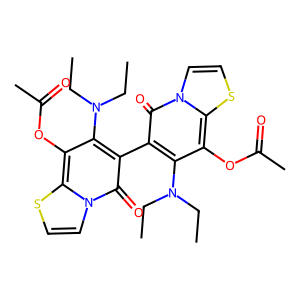
SMILES: CCN(CC)c1c(-c2c(N(CC)CC)c(OC(C)=O)c3sccn3c2=O)c(=O)n2ccsc2c1OC(C)=O
Inhibits HIV replication: No